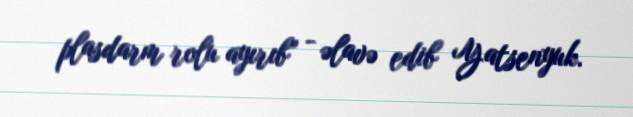
plasdarm rolu ayırıb” - əlavə edib Yatsenyuk.